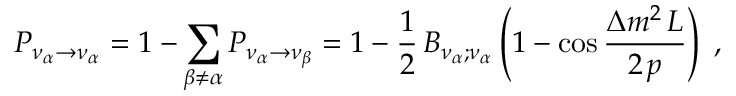
P _ { \nu _ { \alpha } \to \nu _ { \alpha } } = 1 - \sum _ { \beta \not = \alpha } P _ { \nu _ { \alpha } \to \nu _ { \beta } } = 1 - { \frac { 1 } { 2 } } \, B _ { \nu _ { \alpha } ; \nu _ { \alpha } } \left( 1 - \cos { \frac { \displaystyle \Delta m ^ { 2 } \, L } { \displaystyle 2 \, p } } \right) \; ,